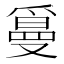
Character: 𤔫